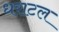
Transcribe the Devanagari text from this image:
धराटल